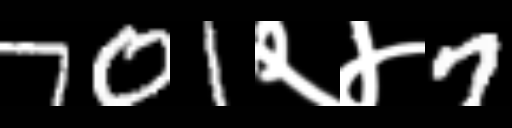
Text: 701२४7